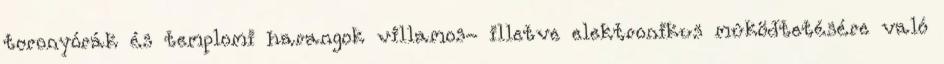
toronyórák és templomi harangok villamos- illetve elektronikus mûködtetésére való